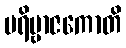
ပရိဗ္ဗာဇကောတိ